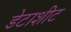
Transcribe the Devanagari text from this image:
डेटाशीट